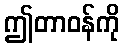
ဤတာဝန်ကို